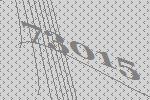
73015